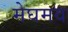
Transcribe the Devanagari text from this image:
मेघमय